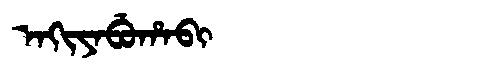
Manchu: ᠠᡴᡳᠶᠠᠪᡠᡥᠠᠪᡳ
Romanization: AKIYABUHABI